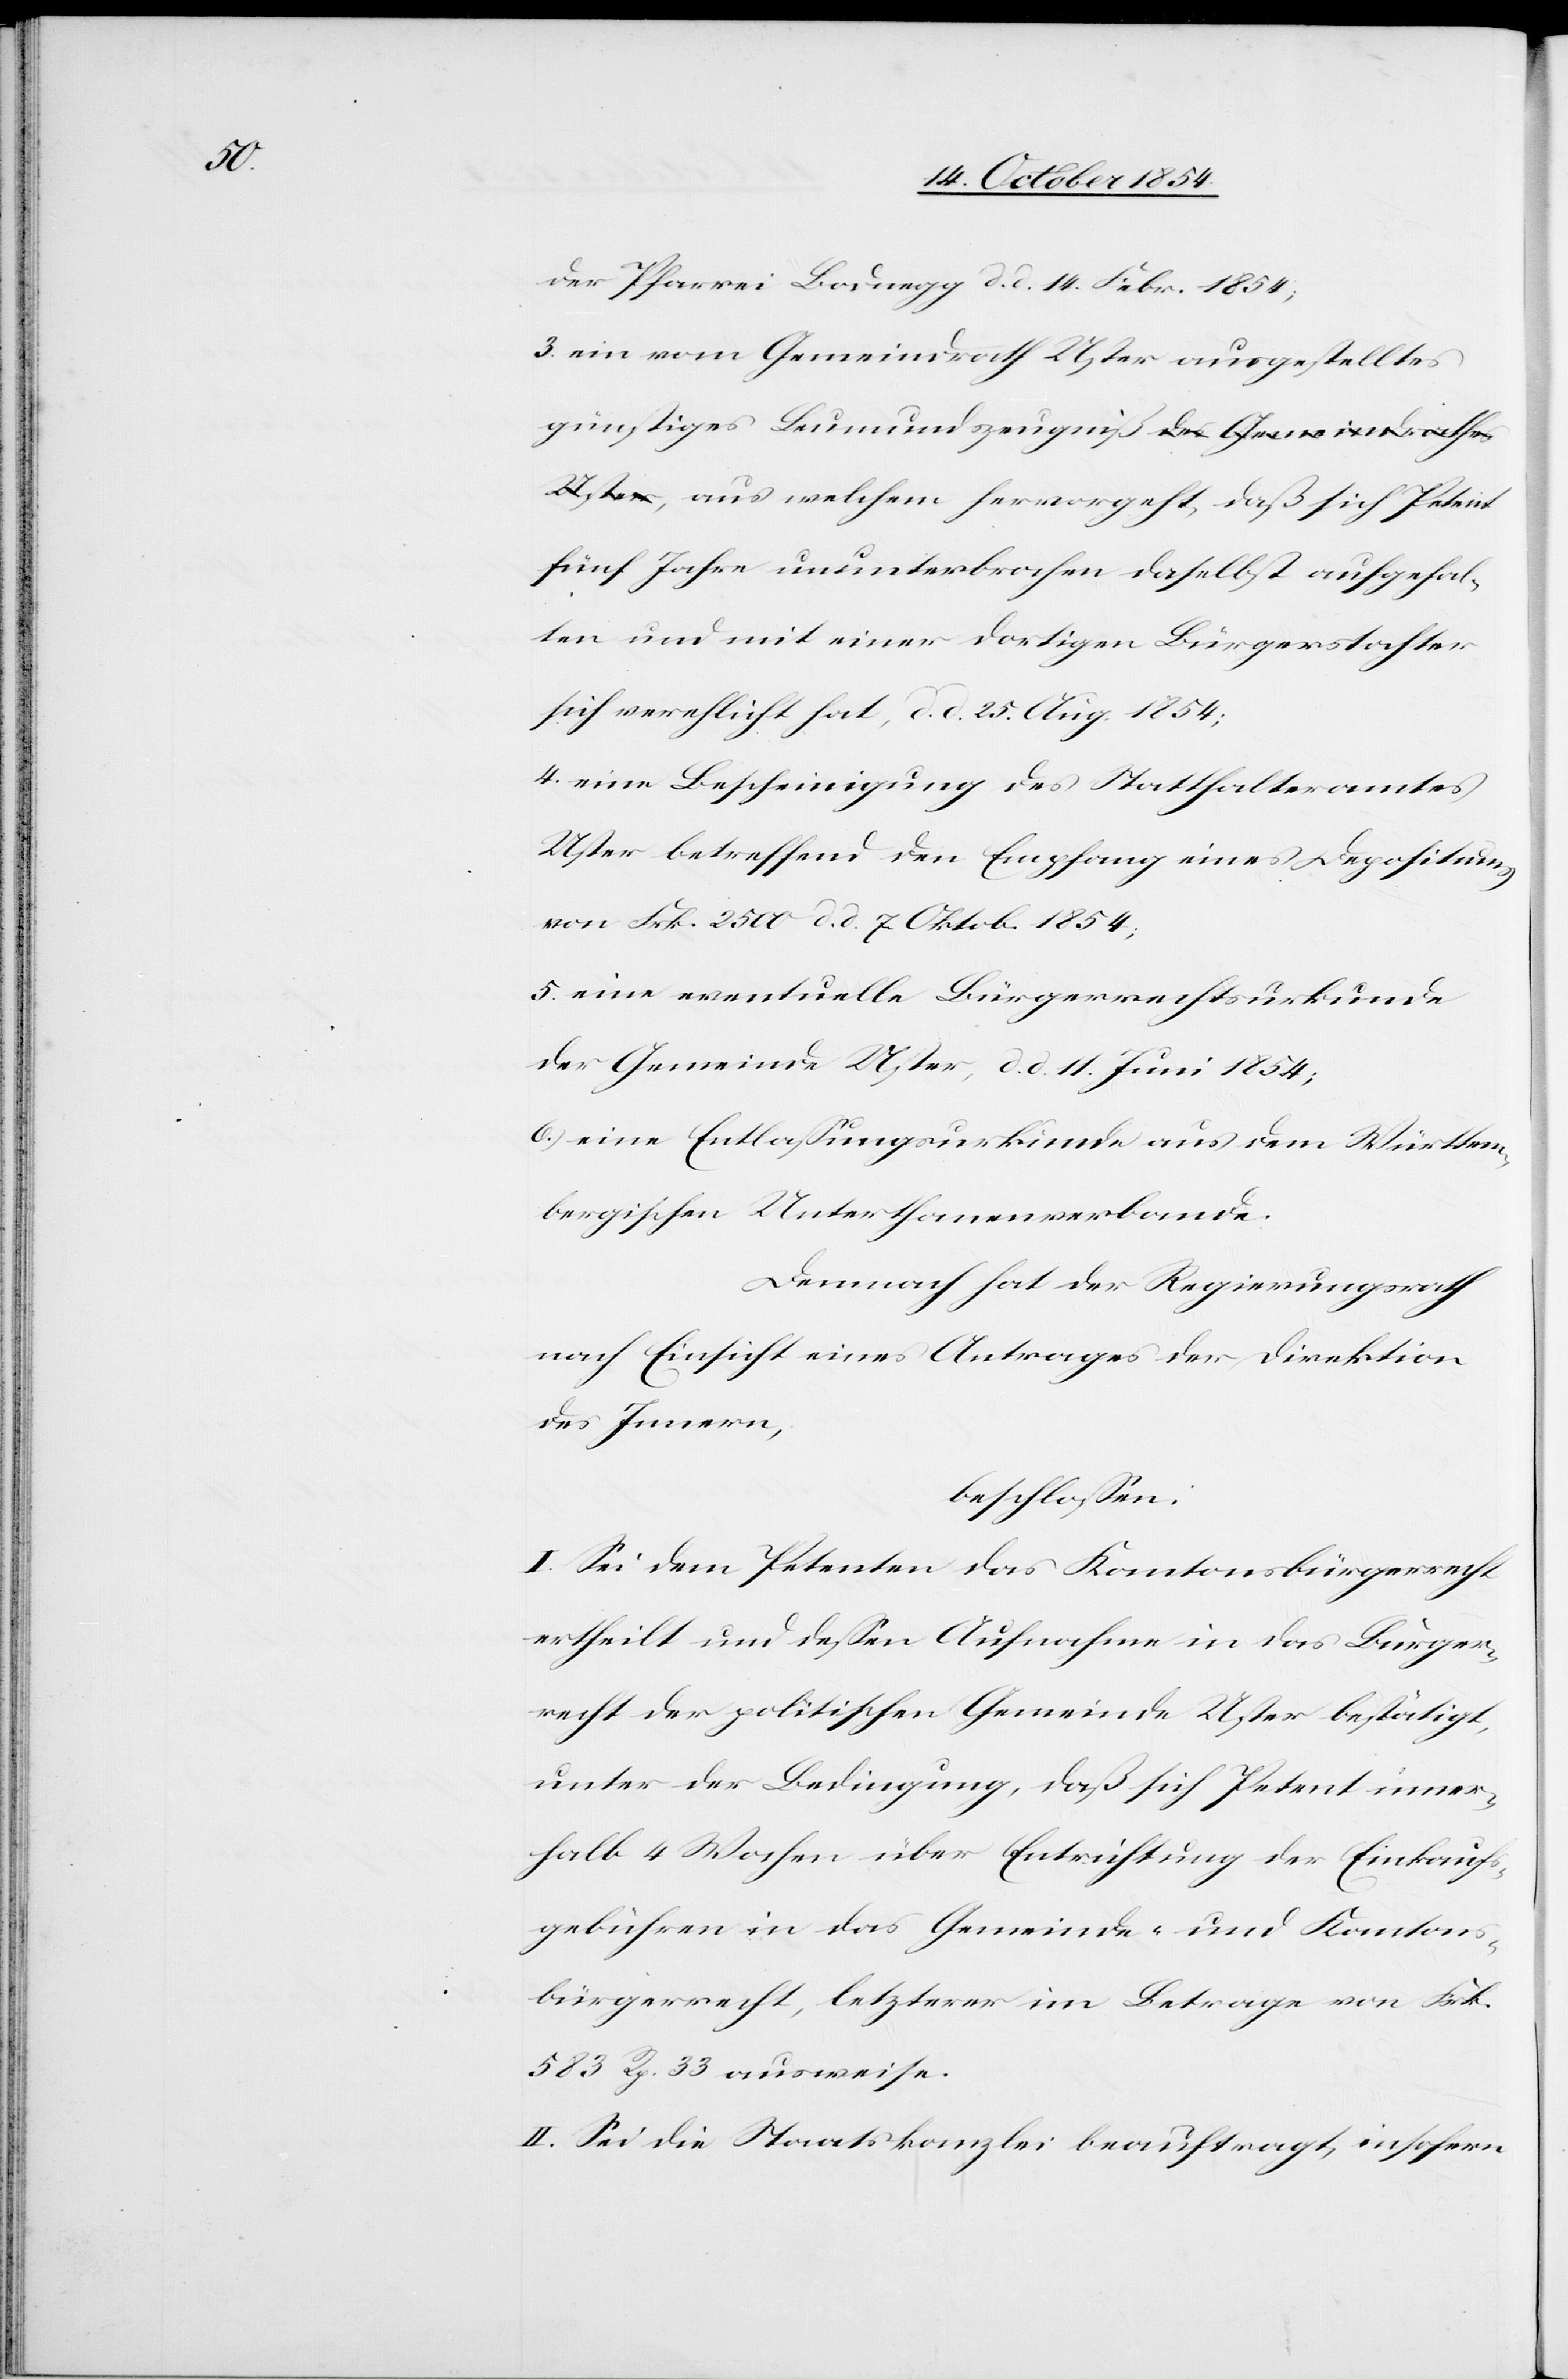
der Pfarrei Bodnegg d. d. 14. Febr. 1854;
3.[)] ein vom Gemeindrath Uster ausgestelltes
günstiges Leumundzeugniß, aus welchem
fünf Jahre ununterbrochen daselbst aufgehal¬
ten und mit einer dortigen Bürgerstochter
sich verehelicht hat, d. d. 25. Aug. 1854;
4.[)] eine Bescheinigung des Statthalteramtes
Uster betreffend den Empfang eines Depositums
von Frk. 2500 d. d. 7 Oktob. 1854;
5.[)] eine eventuelle Bürgerrechtsurkunde
der Gemeinde Uster, d. d. 11. Juni 1854;
6.) eine Entlaßungsurkunde aus dem Württem¬
bergischen Unterthanenverbande.
Demnach hat der Regierungsrath
nach Einsicht eines Antrages der Direktion
des Innern,
beschloßen:
I. Sei dem Petenten das Kantonsbürgerrecht
ertheilt und deßen Aufnahme in das Bürger¬
recht der politischen Gemeinde Uster bestätigt,
unter der Bedingung, daß sich Petent inner¬
halb 4 Wochen über Entrichtung der Einkaufs¬
gebühren in das Gemeinde- und Kantons¬
bürgerrecht, letzterer im Betrage von Frk.
583 Rp. 33 ausweise.
II. Sei die Staatskanzlei beauftragt, insofern